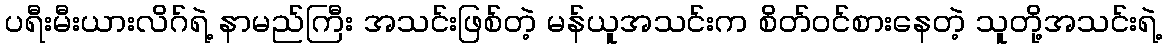
ပရီးမီးယားလိဂ်ရဲ့ နာမည်ကြီး အသင်းဖြစ်တဲ့ မန်ယူအသင်းက စိတ်ဝင်စားနေတဲ့ သူတို့အသင်းရဲ့